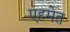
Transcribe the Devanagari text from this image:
एहमेत